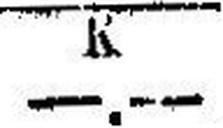
—.—